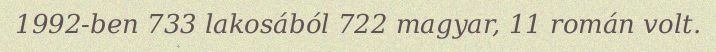
1992-ben 733 lakosából 722 magyar, 11 román volt.